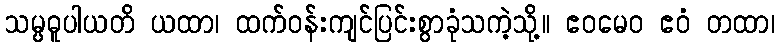
သမ္ပဓူပါယတိ ယထာ၊ ထက်ဝန်းကျင်ပြင်းစွာခုံသကဲ့သို့။ ဧဝမေဝ ဧဝံ တထာ၊